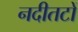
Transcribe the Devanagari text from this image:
नदीतटों